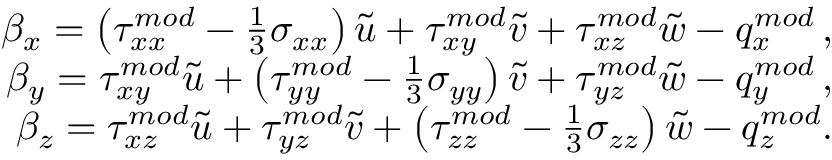
\begin{array} { r } { \beta _ { x } = \left( { \tau } _ { x x } ^ { m o d } - \frac { 1 } { 3 } \sigma _ { x x } \right) \tilde { u } + { \tau } _ { x y } ^ { m o d } \tilde { v } + { \tau } _ { x z } ^ { m o d } \tilde { w } - { q } _ { x } ^ { m o d } \, \mathrm { , } } \\ { \beta _ { y } = { \tau } _ { x y } ^ { m o d } \tilde { u } + \left( { \tau } _ { y y } ^ { m o d } - \frac { 1 } { 3 } \sigma _ { y y } \right) \tilde { v } + { \tau } _ { y z } ^ { m o d } \tilde { w } - { q } _ { y } ^ { m o d } \, \mathrm { , } } \\ { \beta _ { z } = { \tau } _ { x z } ^ { m o d } \tilde { u } + { \tau } _ { y z } ^ { m o d } \tilde { v } + \left( { \tau } _ { z z } ^ { m o d } - \frac { 1 } { 3 } \sigma _ { z z } \right) \tilde { w } - { q } _ { z } ^ { m o d } \mathrm { . } } \end{array}